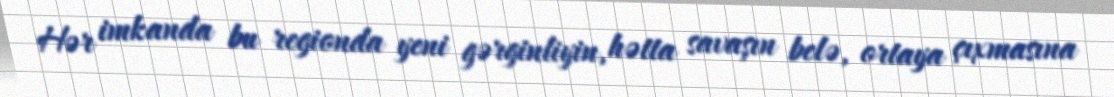
Hər imkanda bu regionda yeni gərginliyin, hətta savaşın belə, ortaya çıxmasına